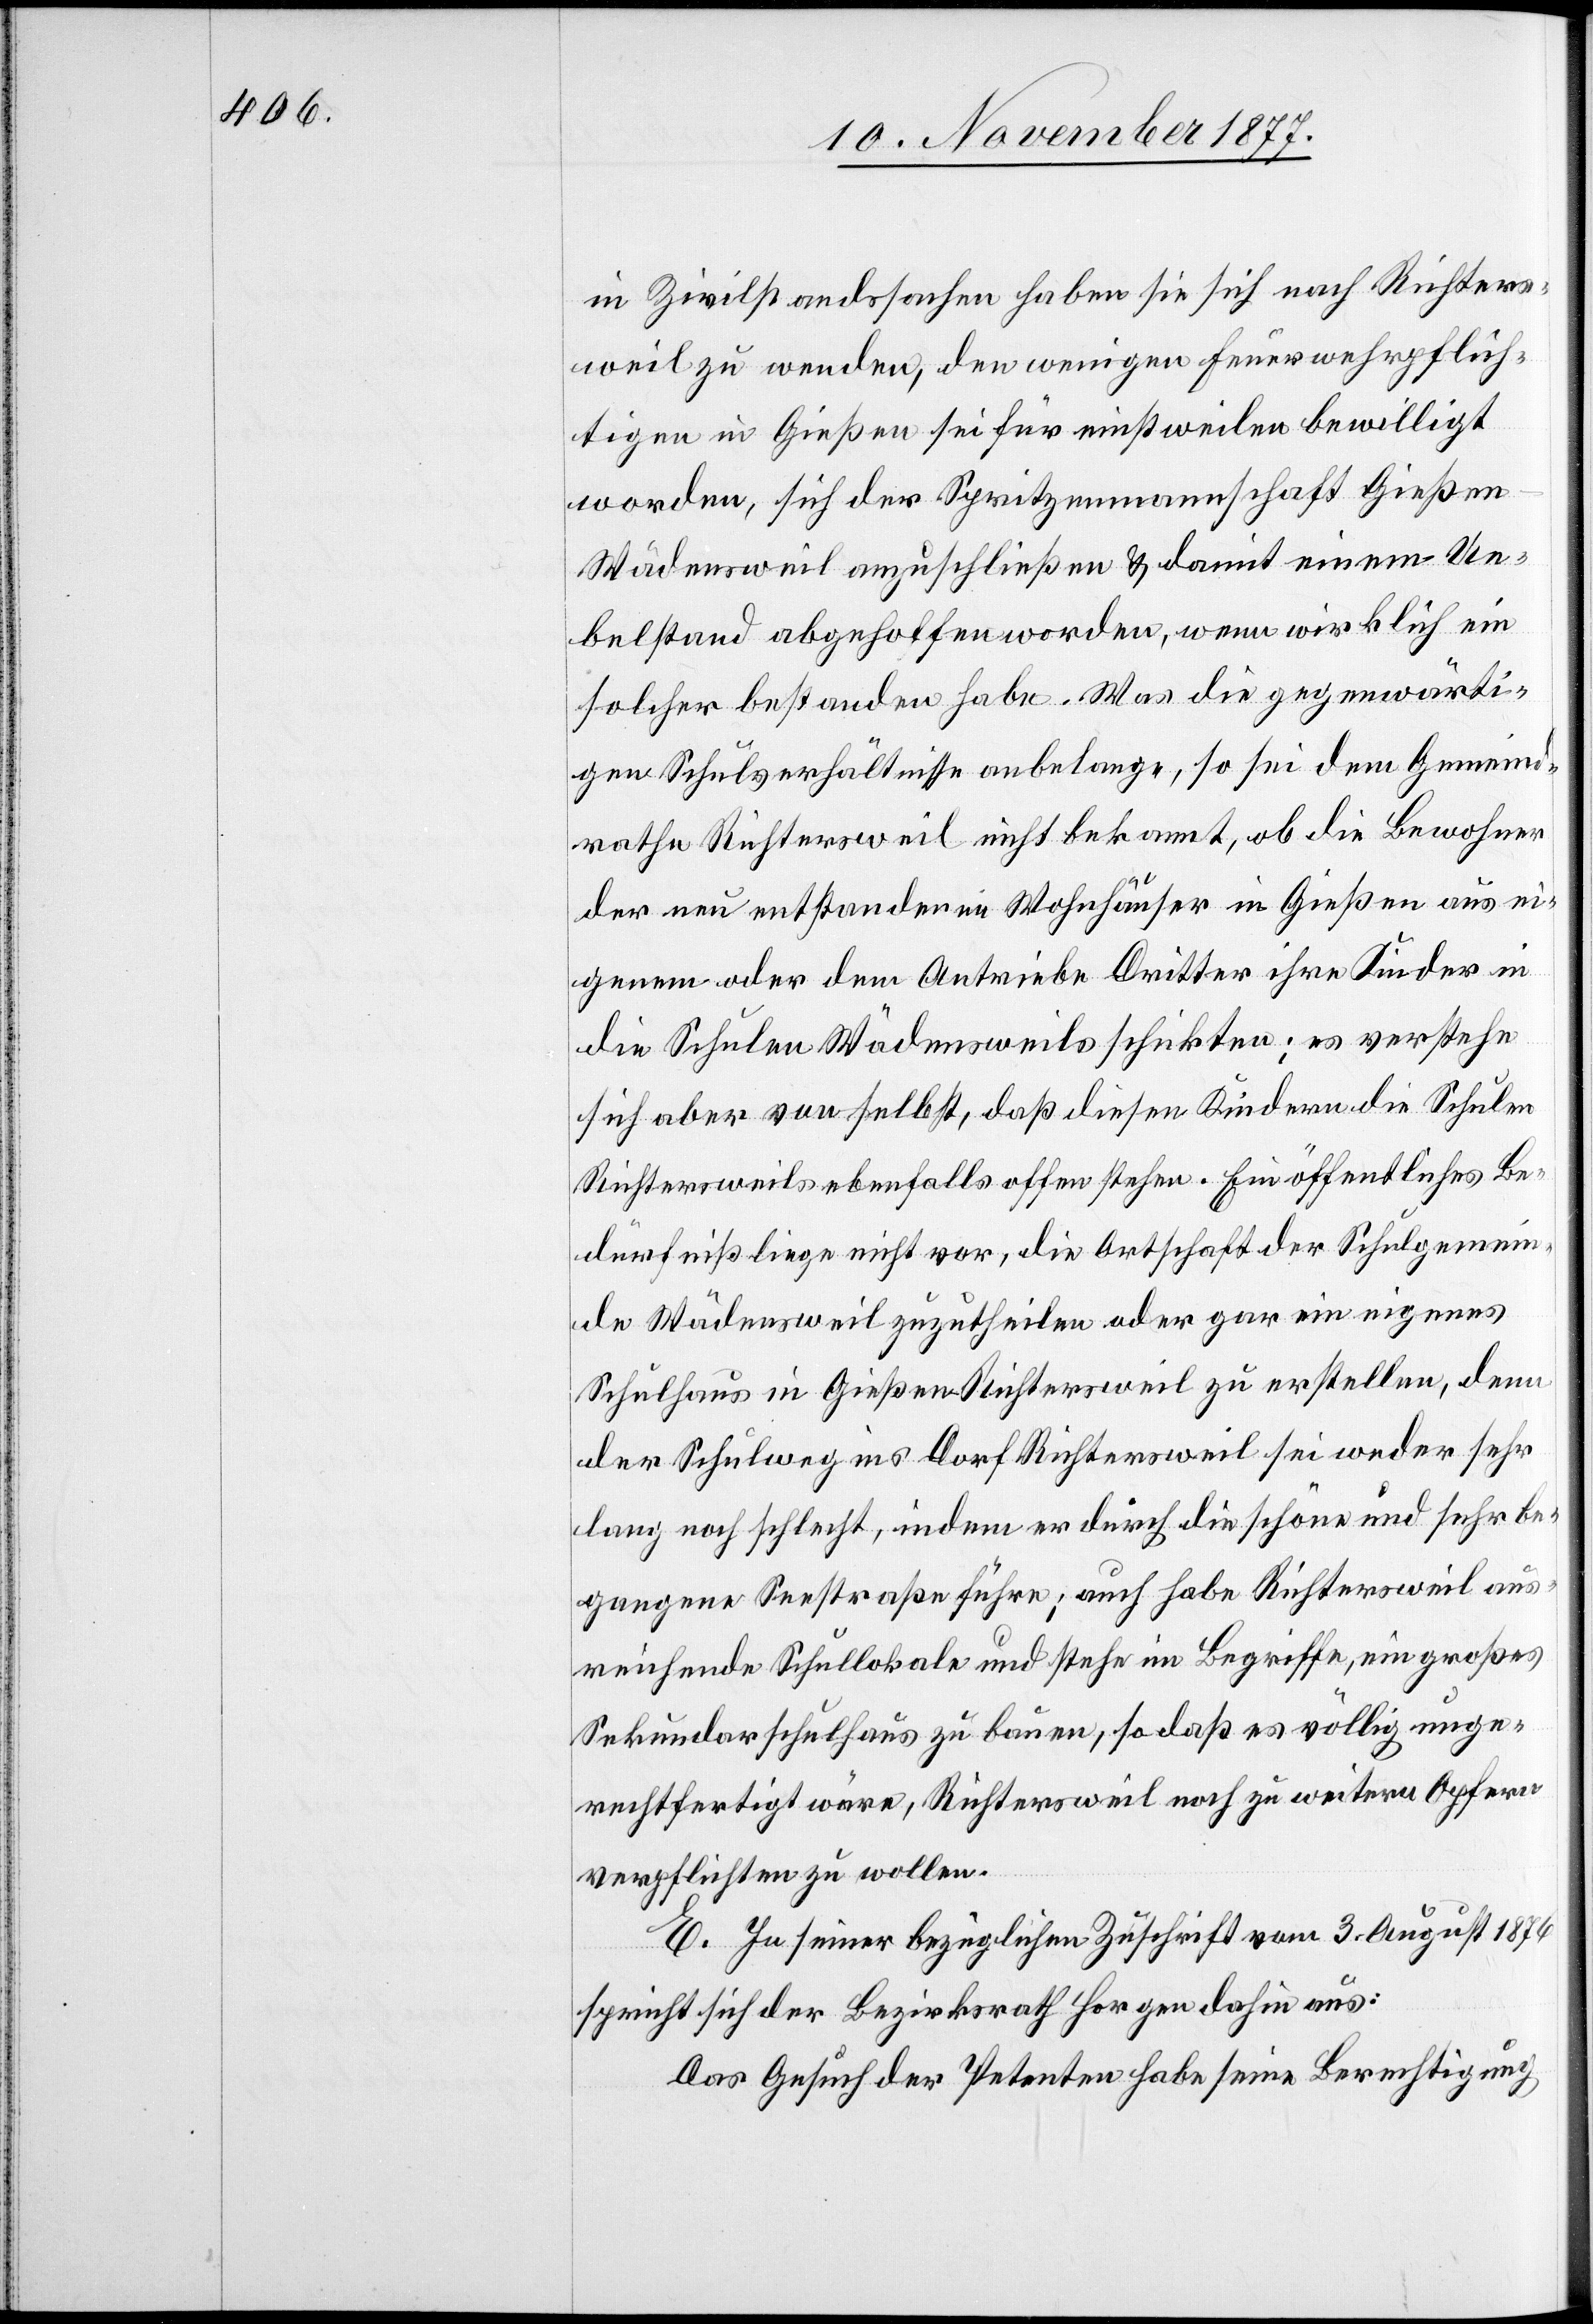
in Zivilstandssachen haben sie sich nach Richters¬
weil zu wenden, den wenigen Feuerwehrpflich¬
tigen in Gießen sei für einstweilen bewilligt
worden, sich der Spritzenmannschaft Gießen
Wädensweil anzuschließen & damit einem Ue¬
belstand abgeholfen worden, wenn wirklich ein
solcher bestanden habe. Was die gegenwärti¬
gen Schulverhältnisse anbelange, so sei dem Gemeind¬
rathe Richtersweil nicht bekannt, ob die Bewohner
der neu entstandenen Wohnhäuser in Gießen aus ei¬
genem oder dem Antriebe Dritter ihre Kinder in
die Schulen Wädensweils schickten; es verstehe
sich aber von selbst, daß diesen Kindern die Schulen
Richtersweils ebenfalls offen stehen. Ein öffentliches Be¬
dürfniß liege nicht vor, die Ortschaft der Schulgemein¬
de Wädensweil zuzutheilen oder gar ein eigenes
Schulhaus in Gießen - Richtersweil zu erstellen, denn
der Schulweg ins Dorf Richtersweil sei weder sehr
lang noch schlecht, indem er durch die schöne und sehr be¬
gangene Seestraße führe; auch habe Richtersweil aus¬
reichende Schullokale und stehe im Begriffe, ein großes
Sekundarschulhaus zu bauen, so daß es völlig unge¬
rechtfertigt wäre, Richtersweil noch zu weitern Opfern
verpflichten zu wollen.
E. In seiner bezüglichen Zuschrift vom 3. August 1876
spricht sich der Bezirksrath Horgen dahin aus:
Das Gesuch der Petenten habe seine Berechtigung